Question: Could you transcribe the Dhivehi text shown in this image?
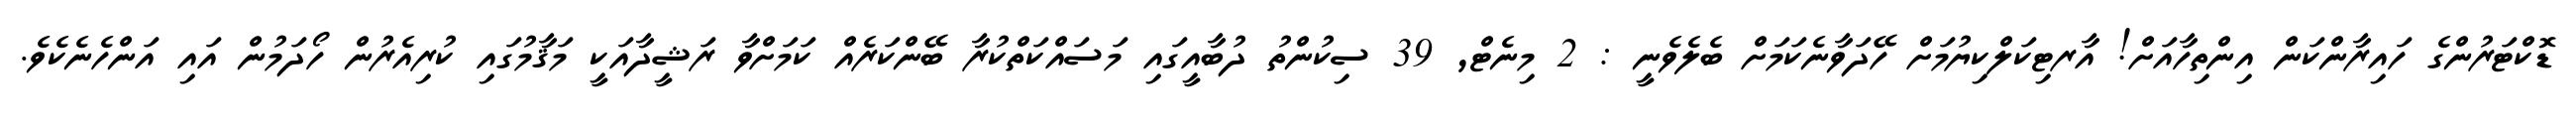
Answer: ޑޮކްޓަރުންގެ ހައިރާންކަން އިންތިހާއަށް! އާރޓިކަލްކިޔުމަށް ހޭދަވާނެކަމަށް ބެލެވެނީ : 2 މިނެޓް, 39 ސިކުންތު ދުބާއީގައި މަސައްކަތްކުރާ ބޭންކަރެއް ކަމަށްވާ ރަޝީދާއަކީ މަޤާމުގައި ކުރިއެރުން ހޯދަމުން އައި އަންހެނެކެވެ.